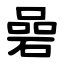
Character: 碞